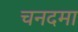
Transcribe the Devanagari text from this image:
चनदमा